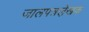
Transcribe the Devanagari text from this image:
जालपत्रले़खक